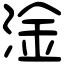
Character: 淦